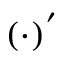
( \cdot ) ^ { ' }